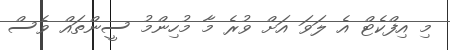
މި އިފްކެޓް އެ ލަވަ އަށް ވުރެ މާ މުހިންމު ސީންތައް ވެސް